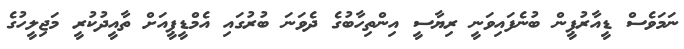
ނަމަވެސް ޑީއާރުޕީން ބުނެފައިވަނީ ރިޔާސީ އިންތިހާބުގެ ދެވަނަ ބުރުގައި އެމްޑީޕީއަށް ތާއީދުކުރީ މަޖިލީހުގެ